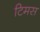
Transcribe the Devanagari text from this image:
टिमस